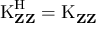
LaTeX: \operatorname { K } _ { \mathbf { Z } \mathbf { Z } } ^ { \mathrm { H } } = \operatorname { K } _ { \mathbf { Z } \mathbf { Z } }